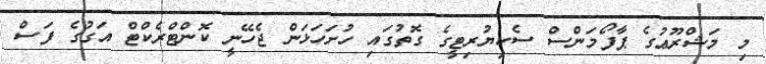
މި މަޝްރޫޢުގެ ޕާފޯމަންސް ސެކިޔުރިޓީގެ ގޮތުގައި ހުށަހަޅަން ޖެހޭނީ ކޮންޓްރެކްޓް އަގުގެ ފަސް